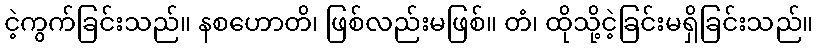
ငဲ့ကွက်ခြင်းသည်။ နစဟောတိ၊ ဖြစ်လည်းမဖြစ်။ တံ၊ ထိုသို့ငဲ့ခြင်းမရှိခြင်းသည်။